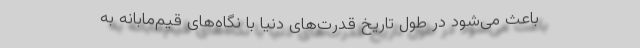
باعث می‌شود در طول تاریخ قدرت‌های دنیا با نگاه‌های قیم‌مابانه به